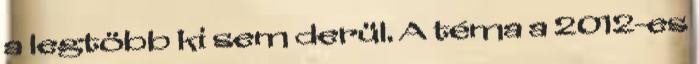
a legtöbb ki sem derül. A téma a 2012-es